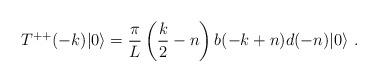
LaTeX: \begin{align*}T^{++}(-k) |0 \rangle = {\pi \over L} \left( { k \over 2} - n \right)b(-k+n) d(-n) |0 \rangle \ . \end{align*}